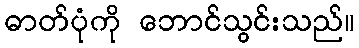
ဓာတ်ပုံကို ဘောင်သွင်းသည်။